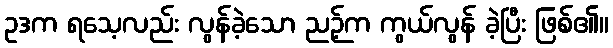
ဥဒက ရသေ့လည်း လွန်ခဲ့သော ညဉ့်က ကွယ်လွန် ခဲ့ပြီး ဖြစ်၏။